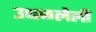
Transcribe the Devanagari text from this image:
उधळलेली